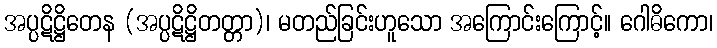
အပ္ပဋိဋ္ဌိတေန (အပ္ပဋိဋ္ဌိတတ္တာ)၊ မတည်ခြင်းဟူသော အကြောင်းကြောင့်။ ဂေါဓိကော၊